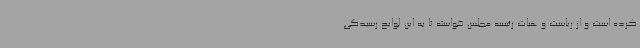
کرده است و از ریاست و هیات رئیسه مجلس خواسته تا به این لوایح رسیدگی